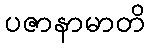
ပဇာနာမာတိ